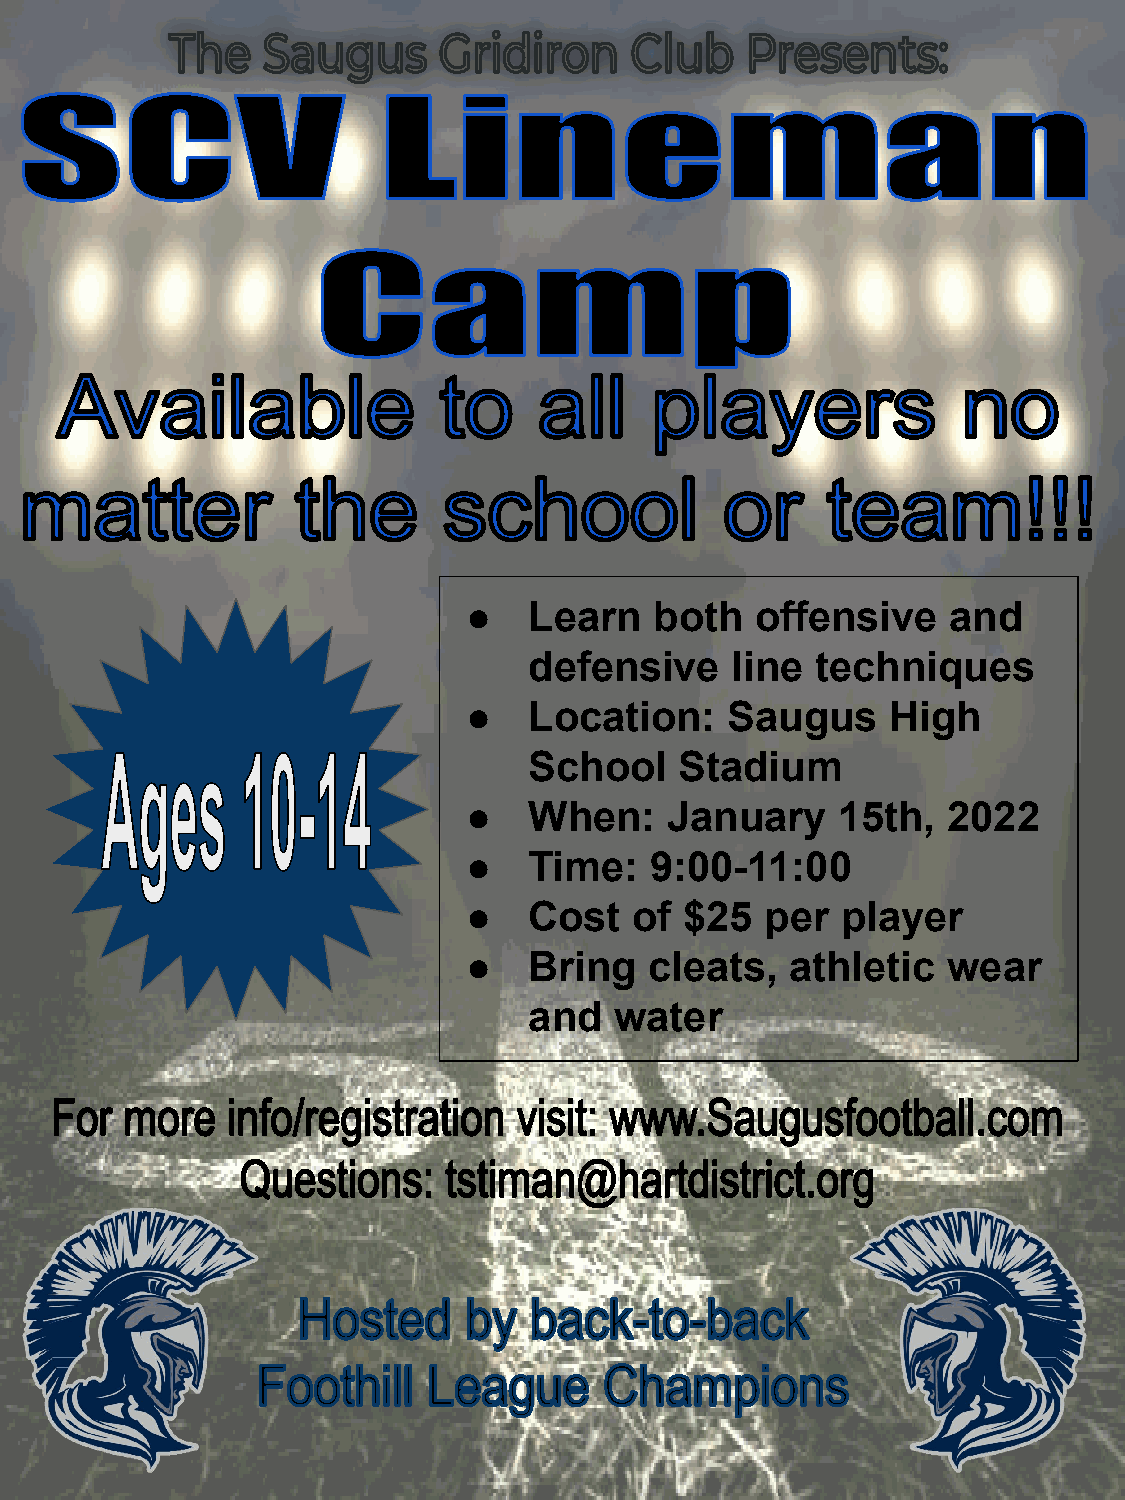
●   Learn   both   offensive    and
 defensive    line  techniques
 ●   Location:    Saugus     High
 School    Stadium
 ●   When:    January     15th,  2022
 ●   Time:   9:00-11:00
 ●   Cost   of $25   per  player
 ●   Bring   cleats,  athletic   wear
 and   water